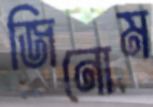
জিনোম